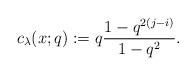
LaTeX: \begin{gather*}c_{\lambda}(x;q):=q {1-q^{2 (j-i)} \over 1-q^2}.\end{gather*}